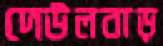
দেউলবাড়